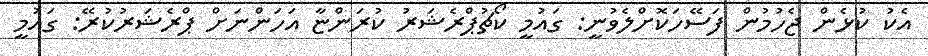
އެކު ކުޅެން ޖެހުމުން ފަސޭހަކޮށްލެވުނީ: ގައުމީ ކޯޗުޕްރެޝަރު ކުރަންޏާ އަހަންނަށް ޕްރެޝަރުކުރޭ: ގައުމީ